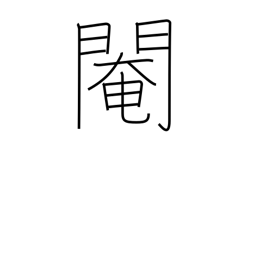
Meaning: eunuch